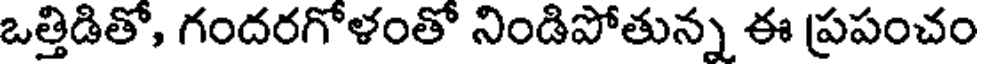
ఒత్తిడితో, గందరగోళంతో నిండిపోతున్న ఈ ప్రపంచం